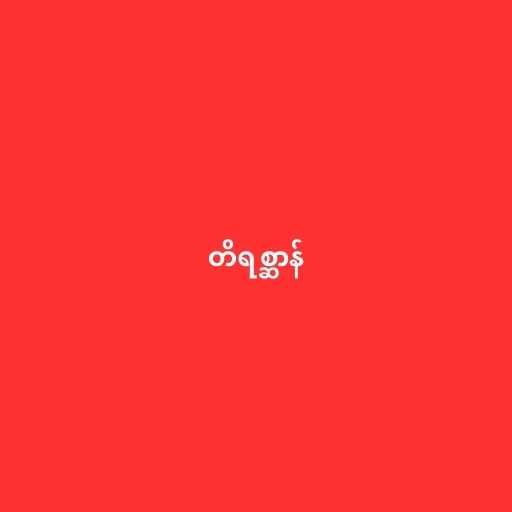
တိရစ္ဆာန်